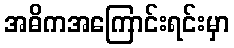
အဓိကအကြောင်းရင်းမှာ